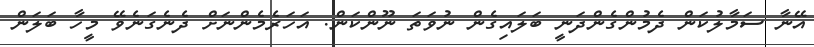
އޭނާ ސަމާލުކަން ދެމުންގެންދަނީ ބަލައިގެން ނުވަތަ ނޫންކަން. އަހަރެމެންނަށް ދެނެގަނެވޭ މީހާ ބަލަން